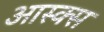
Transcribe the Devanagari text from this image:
आस्क्स